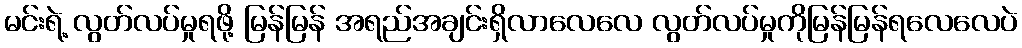
မင်းရဲ့ လွတ်လပ်မှုရဖို့ မြန်မြန် အရည်အချင်းရှိလာလေလေ လွတ်လပ်မှုကိုမြန်မြန်ရလေလေပဲ